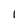
Character: 1